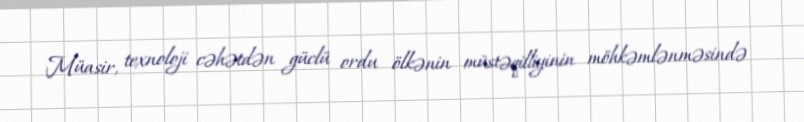
Müasir, texnoloji cəhətdən güclü ordu ölkənin müstəqilliyinin möhkəmlənməsində